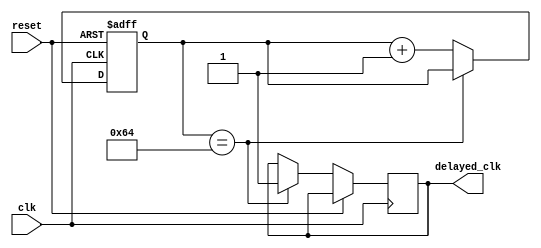
module RC_delay_circuit (
    input wire clk,
    input wire reset,
    output reg delayed_clk
);

reg [7:0] counter;
parameter DELAY = 100; // define delay in clock cycles

always @ (posedge clk or posedge reset) begin
    if (reset) begin
        counter <= 0;
    end else begin
        if (counter == DELAY) begin
            delayed_clk <= 1;
        end else begin
            counter <= counter + 1;
        end
    end
end

endmodule